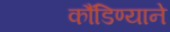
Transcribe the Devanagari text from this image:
कौंडिण्याने